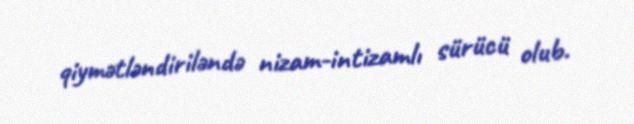
qiymətləndiriləndə nizam-intizamlı sürücü olub.